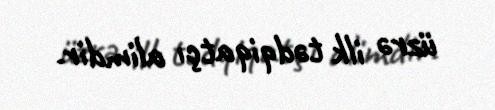
üzrə ilk tədqiqatçı alimdir.